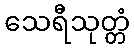
သေရီသုတ္တံ